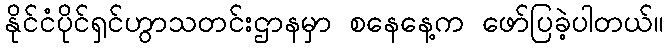
နိုင်ငံပိုင်ရှင်ဟွာသတင်းဌာနမှာ စနေနေ့က ဖော်ပြခဲ့ပါတယ်။